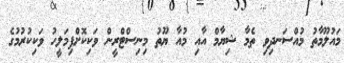
މައުލޫމާތު މުއްސަނދިވި ތެމާ ޝިޔާމް އާއި މުއާ ޔޫތު މިނިސްޓްރީން ވަކިކޮށްފިމަލީހު ވަކިކުރުމުގެ